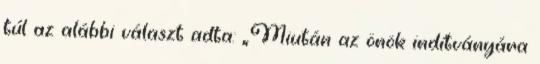
túl az alábbi választ adta: „Miután az önök indítványára